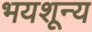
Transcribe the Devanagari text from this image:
भयशून्य